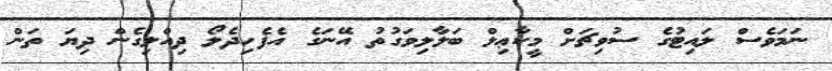
ނަމަވެސް ލައިޓުގެ ސުވިޗަށް މީކާޢިލް ބަލާލިވަގުތު އޭނަގެ އެފެހިދެލޯ ދިއްލިގެން ދިޔަ ތަން